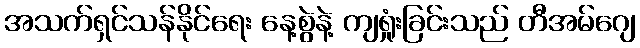
အသက်ရှင်သန်နိုင်ရေး နေ့စွဲနဲ့ ကျရှုံးခြင်းသည် တီအမ်ဂျေ